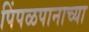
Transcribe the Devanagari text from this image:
पिंपळपानाच्या